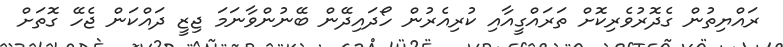
ރައްޔިތުން ގެދޮރުވެރިކޮށް ތަރައްގީއާއި ކުރިއެރުން ހޯދައިދޭން ބޭނުންވާނަމަ ޖިޒީ ދައްކަން ޖެހޭ ގޮތަށް